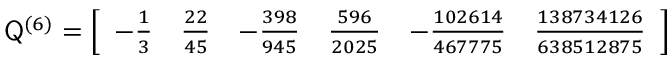
\mathsf Q ^ { ( 6 ) } = \left[ \begin{array} { l l l l l l } { - \frac { 1 } { 3 } } & { \frac { 2 2 } { 4 5 } } & { - \frac { 3 9 8 } { 9 4 5 } } & { \frac { 5 9 6 } { 2 0 2 5 } } & { - \frac { 1 0 2 6 1 4 } { 4 6 7 7 7 5 } } & { \frac { 1 3 8 7 3 4 1 2 6 } { 6 3 8 5 1 2 8 7 5 } } \end{array} \right]